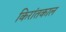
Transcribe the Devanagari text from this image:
किरांतकाल